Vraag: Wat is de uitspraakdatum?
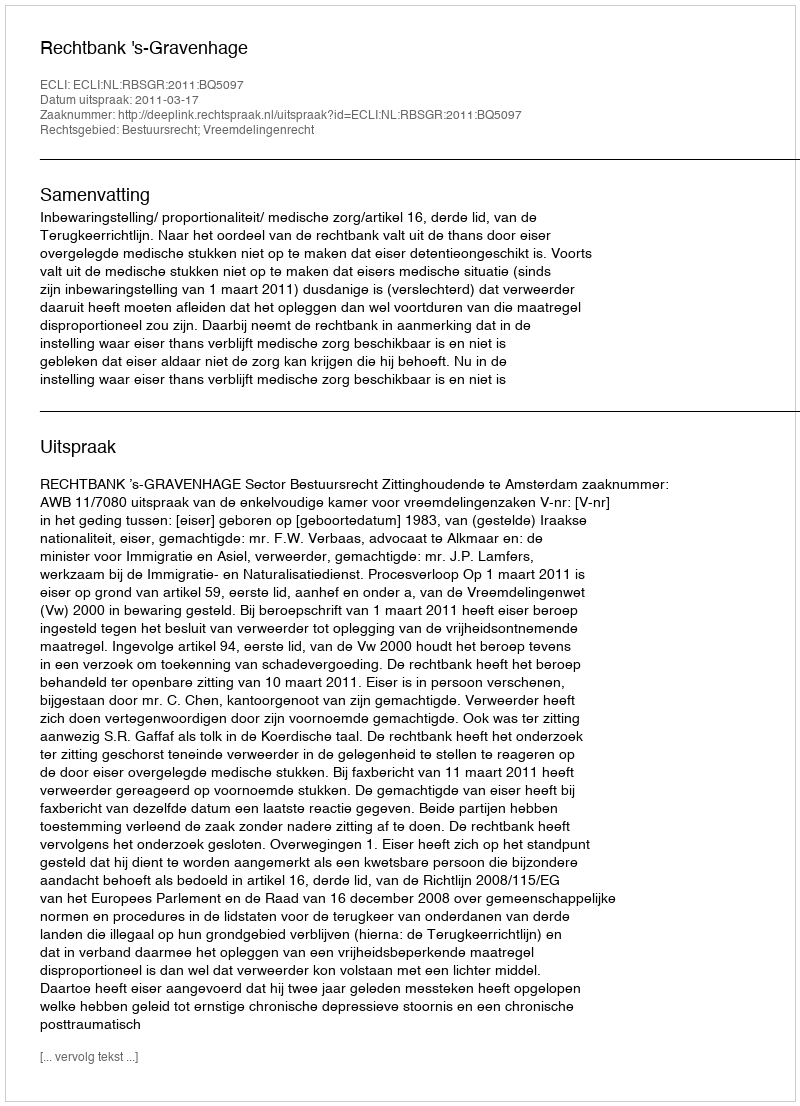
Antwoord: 2011-03-17